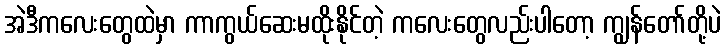
အဲဒီကလေးတွေထဲမှာ ကာကွယ်ဆေးမထိုးနိုင်တဲ့ ကလေးတွေလည်းပါတော့ ကျွန်တော်တို့ပဲ